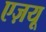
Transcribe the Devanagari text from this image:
एज़यू